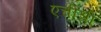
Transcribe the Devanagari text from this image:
एचीश्री